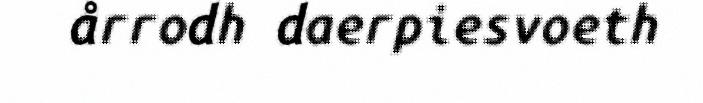
årrodh daerpiesvoeth